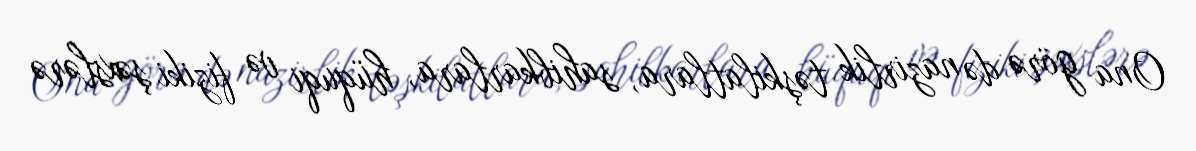
Ona görə də nazirlik təşkilatlara, sahibkarlara, hüquqi və fiziki şəxslərə